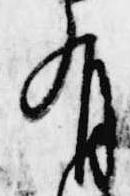
有